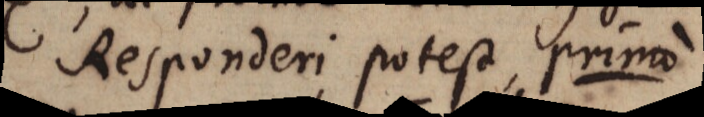
Responderi, potest, primo